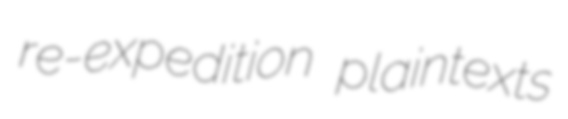
re-expedition plaintexts